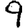
Digit: 9